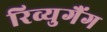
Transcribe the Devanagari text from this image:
रिव्युगैंग